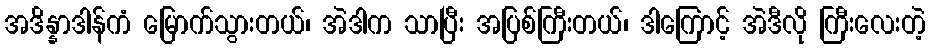
အဒိန္နာဒါန်ကံ မြောက်သွားတယ်၊ အဲဒါက သာပြီး အပြစ်ကြီးတယ်၊ ဒါကြောင့် အဲဒီလို ကြီးလေးတဲ့